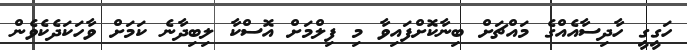
ހަގީގީ ހާދިސާއެއްގެ މައްޗަށް ބިނާކޮށްފައިވާ މި ފިލްމަށް އޮސްކާ ލިބިދާނެ ކަމަށް ވާހަކަދެކެވެން